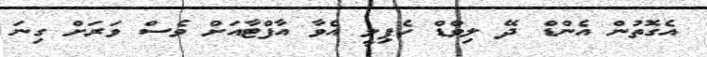
އެގޮތުން އެންޑް ދޭ ލިވްޑް ހެޕިލީ އެވާ އާފްޓާއަށް ވެސް ވަރަށް ގިނަ